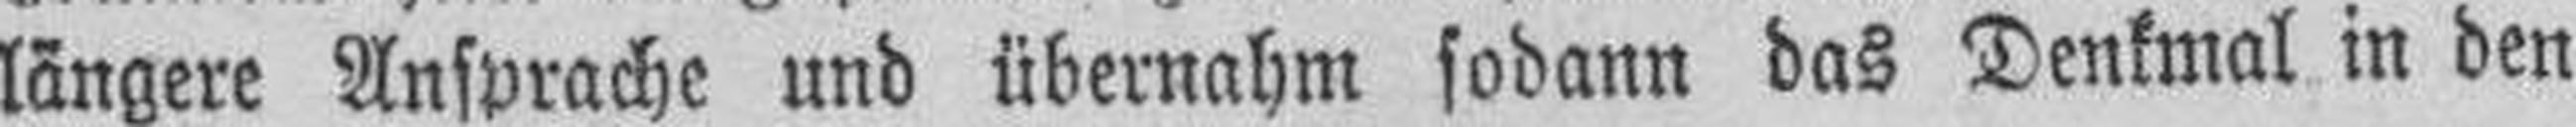
längere Ansprache und übernahm sodann das Denkmal in den